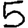
Digit: 5